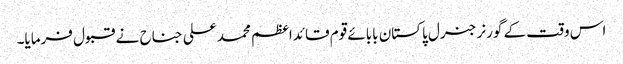
اس وقت کے گورنر جنرل پاکستان بابائے قوم قائداعظم محمد علی جناح نے قبول فرمایا۔